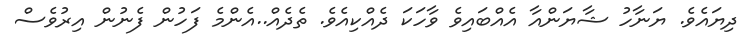
ދިޔައެވެ. ޔަނާހު ޝާޔަންއާ އެއްބައިވެ ވާހަކަ ދެއްކިއެވެ. ތެދެއް..އެންމެ ފަހުން ފެނުން އިރުވެސް